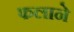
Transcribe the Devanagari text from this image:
फलाने